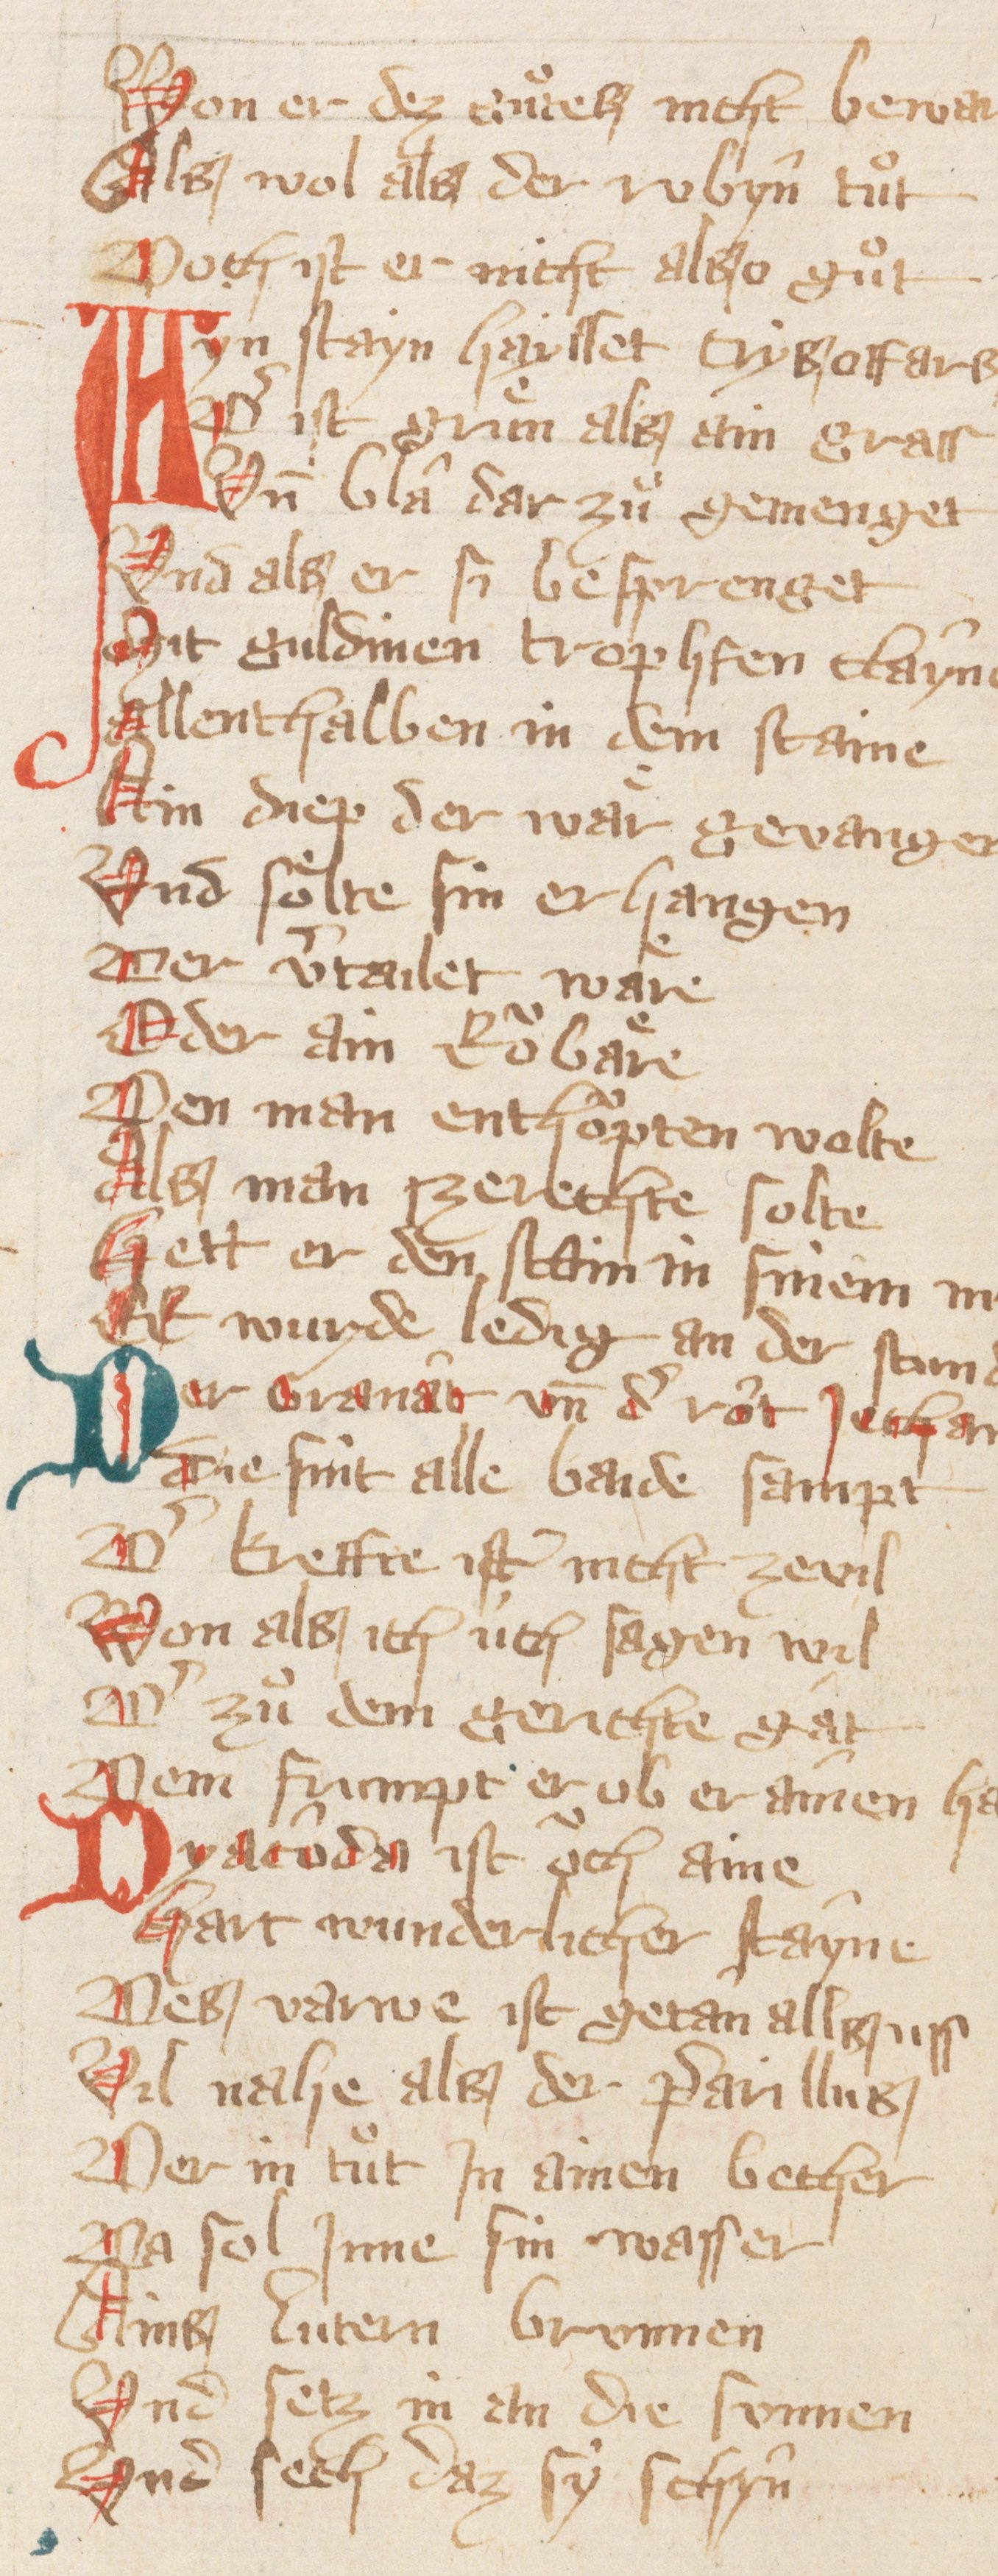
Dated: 1300–1399